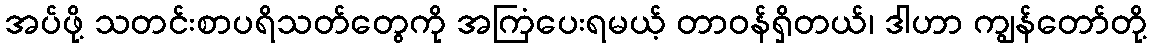
အပ်ဖို့ သတင်းစာပရိသတ်တွေကို အကြံပေးရမယ့် တာဝန်ရှိတယ်၊ ဒါဟာ ကျွန်တော်တို့